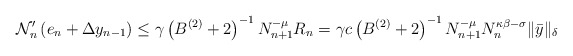
\begin{align*}\mathcal{N}_{n}^{\prime}\left( e_{n}+\Delta y_{n-1}\right) \leq\gamma\left(B^{\left( 2\right) }+2\right) ^{-1}N_{n+1}^{-\mu}R_{n}=\gamma c\left(B^{\left( 2\right) }+2\right) ^{-1}N_{n+1}^{-\mu}N_{n}^{\kappa\beta-\sigma}\Vert\bar{y}\Vert_{\delta} \end{align*}